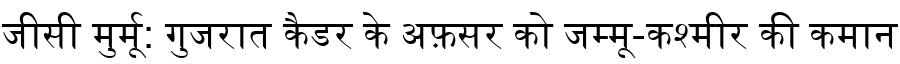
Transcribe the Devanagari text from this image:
जीसी मुर्मू: गुजरात कैडर के अफ़सर को जम्मू-कश्मीर की कमान